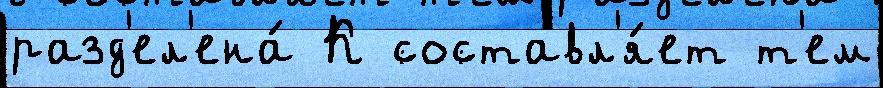
разд'ел'ена́ К составл'я́ет т'ем